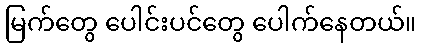
မြက်တွေ ပေါင်းပင်တွေ ပေါက်နေတယ်။